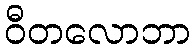
ဝီတလောဘာ